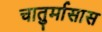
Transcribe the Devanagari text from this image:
चातुर्मासास